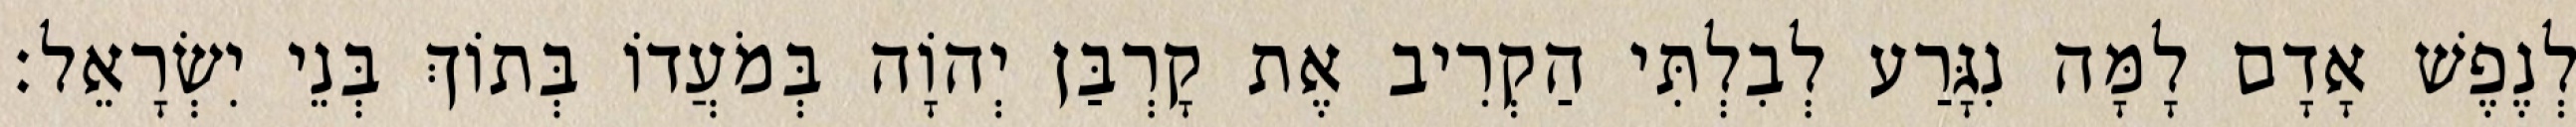
לְנֶפֶשׁ אָדָם לָמָּה נִגָּרַע לְבִלְתִּי הַקְרִיב אֶת קָרְבַּן יְהוָֹה בְּמֹעֲדוֹ בְּתוֹךְ בְּנֵי יִשְׂרָאֵל׃